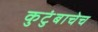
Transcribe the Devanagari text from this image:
कुटुंबाचेच